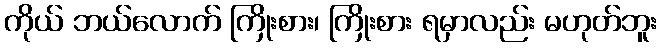
ကိုယ် ဘယ်လောက် ကြိုးစား၊ ကြိုးစား ရမှာလည်း မဟုတ်ဘူး